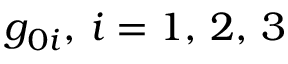
g _ { 0 i } , \, i = 1 , \, 2 , \, 3